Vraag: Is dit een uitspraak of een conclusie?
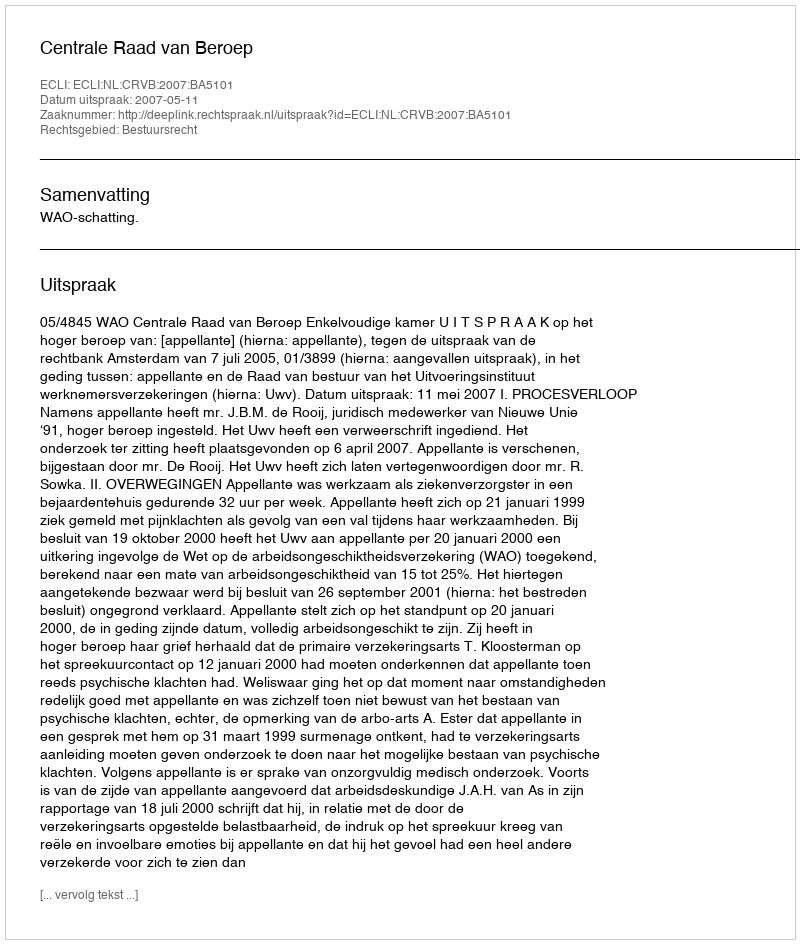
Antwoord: Uitspraak